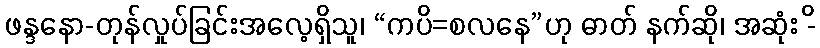
ဖန္ဒနော-တုန်လှုပ်ခြင်းအလေ့ရှိသူ၊ “ကပိ=စလနေ”ဟု ဓာတ် နက်ဆို၊ အဆုံး -ိ